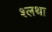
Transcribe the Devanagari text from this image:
श्लथा